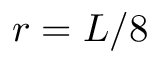
r = L / 8